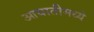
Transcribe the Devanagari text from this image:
आयातीमध्ये